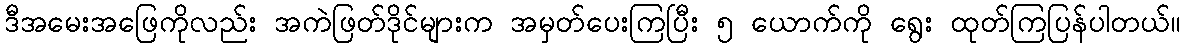
ဒီအမေးအဖြေကိုလည်း အကဲဖြတ်ဒိုင်များက အမှတ်ပေးကြပြီး ၅ ယောက်ကို ရွေး ထုတ်ကြပြန်ပါတယ်။